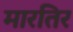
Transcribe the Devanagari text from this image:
मारतिर